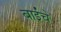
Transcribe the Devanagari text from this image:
बाईंचे